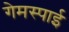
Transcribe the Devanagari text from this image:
गेमस्पाई